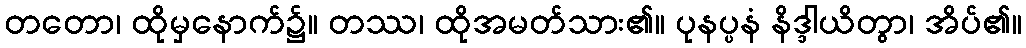
တတော၊ ထိုမှနောက်၌။ တဿ၊ ထိုအမတ်သား၏။ ပုနပ္ပနံ နိဒ္ဒါယိတွာ၊ အိပ်၏။